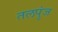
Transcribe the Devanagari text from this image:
तलपुंज